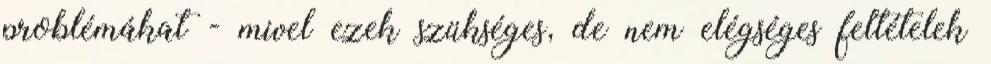
problémákat - mivel ezek szükséges, de nem elégséges feltételek